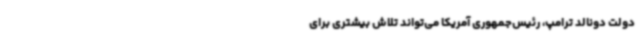
دولت دونالد ترامپ،‌ رئیس‌جمهوری آمریکا می‌تواند تلاش بیشتری برای